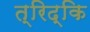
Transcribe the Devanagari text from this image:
त्रिद्कि